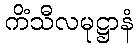
ကိံသီလမုဋ္ဌာနံ